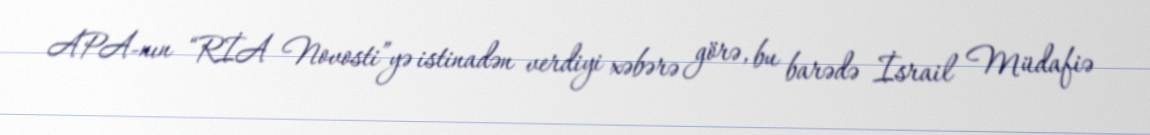
APA-nın “RİA Novosti”yə istinadən verdiyi xəbərə görə, bu barədə İsrail Müdafiə